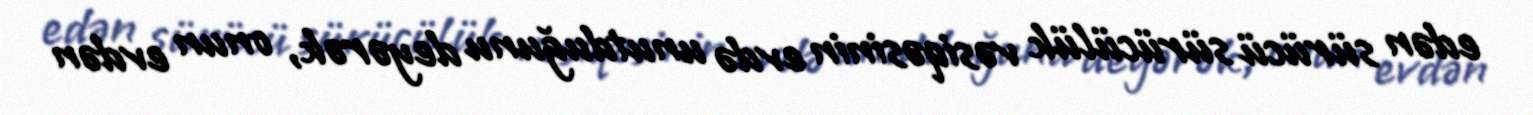
edən sürücü sürücülük vəsiqəsinin evdə unutduğunu deyərək, onun evdən